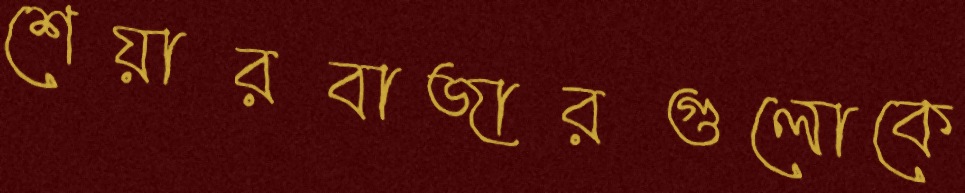
শেয়ারবাজারগুলোকে